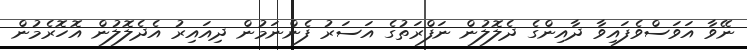
ނޭވާ އަވަސްވެފައިވާ ދާއިންގެ ދެލޮލުން ނަފްރަތުގެ އަސަރު ފެންނަމުން ދިއައިރު އެދެލޮލުން އޮހޮރެމުން